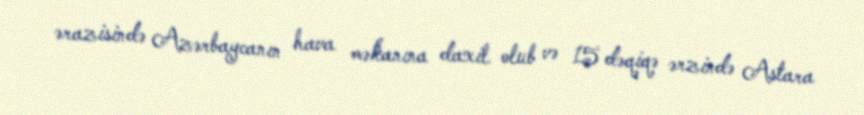
ərazisində Azərbaycanın hava məkanına daxil olub və 15 dəqiqə ərzində Astara